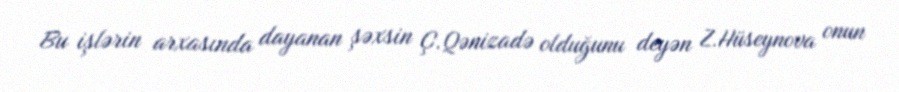
Bu işlərin arxasında dayanan şəxsin Ç.Qənizadə olduğunu deyən Z.Hüseynova onun